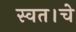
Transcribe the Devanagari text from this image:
स्वत।चे